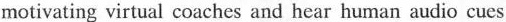
rmotivating virtual coaches and hear luman adio cues